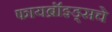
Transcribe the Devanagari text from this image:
फायब्रॉइड्सचे